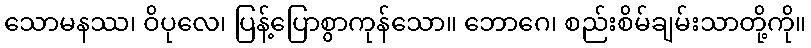
သောမနဿ၊ ဝိပုလေ၊ ပြန့်ပြောစွာကုန်သော။ ဘောဂေ၊ စည်းစိမ်ချမ်းသာတို့ကို။